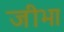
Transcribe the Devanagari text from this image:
जीभा